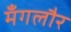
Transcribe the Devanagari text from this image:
मँगलौर